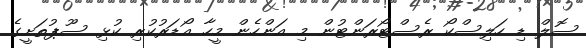
ސޮލް ޑި ހަލިސްކޯ ރެސްޓޯރަންޓުން މި އަންހެން މީހާ އޯޑަރުކުރި ކުޅި ސޫޕުތަށީގެ